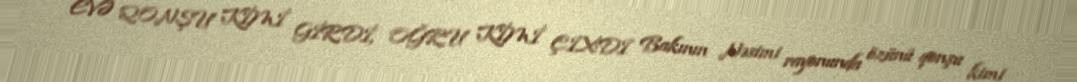
EVƏ QONŞU KİMİ GİRDİ, OĞRU KİMİ ÇIXDI Bakının Nəsimi rayonunda özünü qonşu kimi